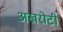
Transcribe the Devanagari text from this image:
अखरोटी